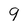
Character: 9